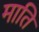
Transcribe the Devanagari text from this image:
माति